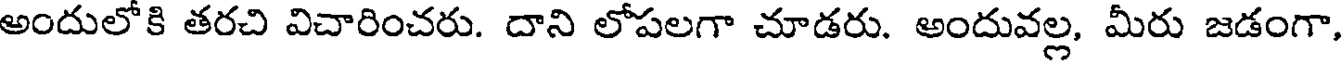
అందులోకి తరచి విచారించరు. దాని లోపలగా చూడరు. అందువల్ల, మీరు జడంగా,